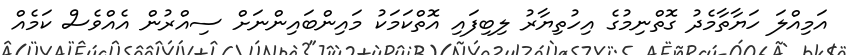
އަމިއްލަ ހަޔާތާމެދު ގޮތްނިމުގެ އިހުތިޔާރު ލިބިފައި އޮތްކަމަކު މައިންބައިންނަށް ސިއްރުން އެއްވެސް ކަމެއް